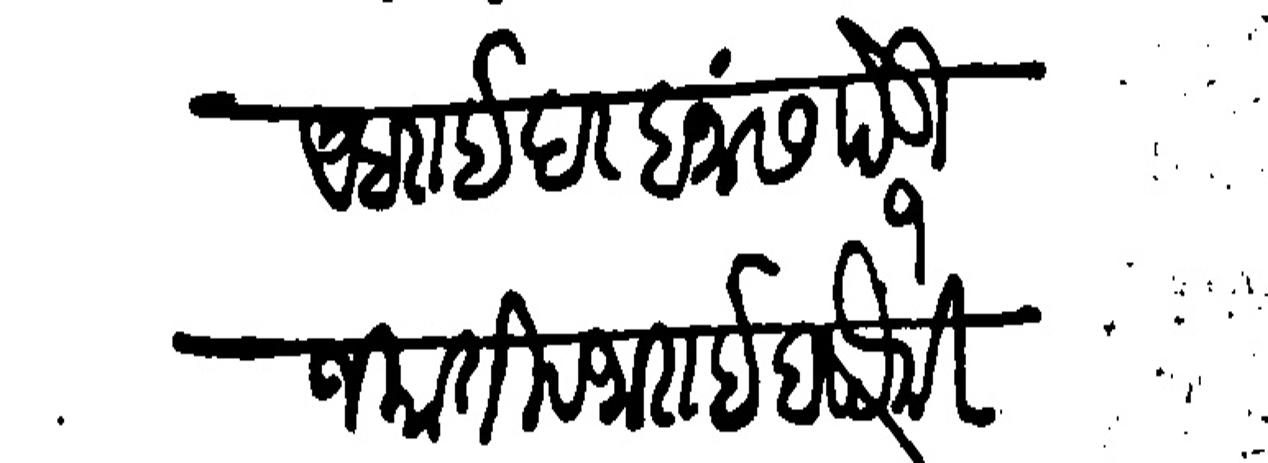
Transliteration (Devanagari): आंबराई दर बनास पेडी १ जकाती व जाराईबपैकी